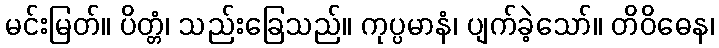
မင်းမြတ်။ ပိတ္တံ၊ သည်းခြေသည်။ ကုပ္ပမာနံ၊ ပျက်ခဲ့သော်။ တိဝိဓေန၊